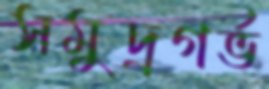
সমুদ্রগর্ভ